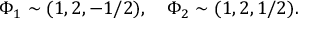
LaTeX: \Phi _ { 1 } \sim ( 1 , 2 , - 1 / 2 ) , ~ ~ ~ \Phi _ { 2 } \sim ( 1 , 2 , 1 / 2 ) .